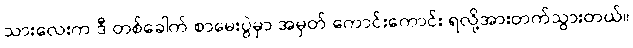
သားလေးက ဒီ တစ်ခေါက် စာမေးပွဲမှာ အမှတ် ကောင်းကောင်း ရလို့အားတက်သွားတယ်။